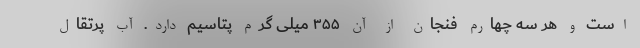
است و هر سه چهارم فنجان از آن ۳۵۵ میلی گرم پتاسیم دارد. آب پرتقال